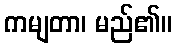
ကမျတာ၊ မည်၏။